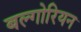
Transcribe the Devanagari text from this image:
बल्गोरियन